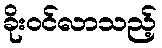
ခိုးဝင်လာသည့်